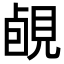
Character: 䚃